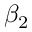
\beta _ { 2 }